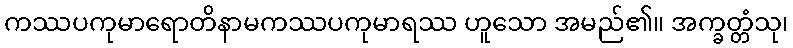
ကဿပကုမာရောတိနာမကဿပကုမာရဿ ဟူသော အမည်၏။ အက္ခတ္တံသု၊